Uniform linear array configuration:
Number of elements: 48
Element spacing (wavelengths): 1
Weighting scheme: hann
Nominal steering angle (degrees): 15
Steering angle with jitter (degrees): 13.891
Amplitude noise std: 0.05
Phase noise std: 0.05

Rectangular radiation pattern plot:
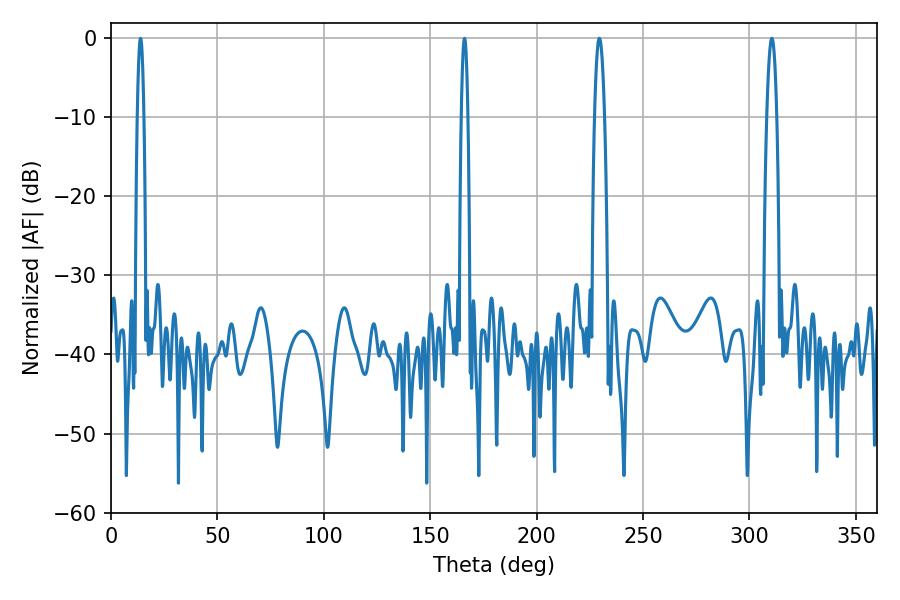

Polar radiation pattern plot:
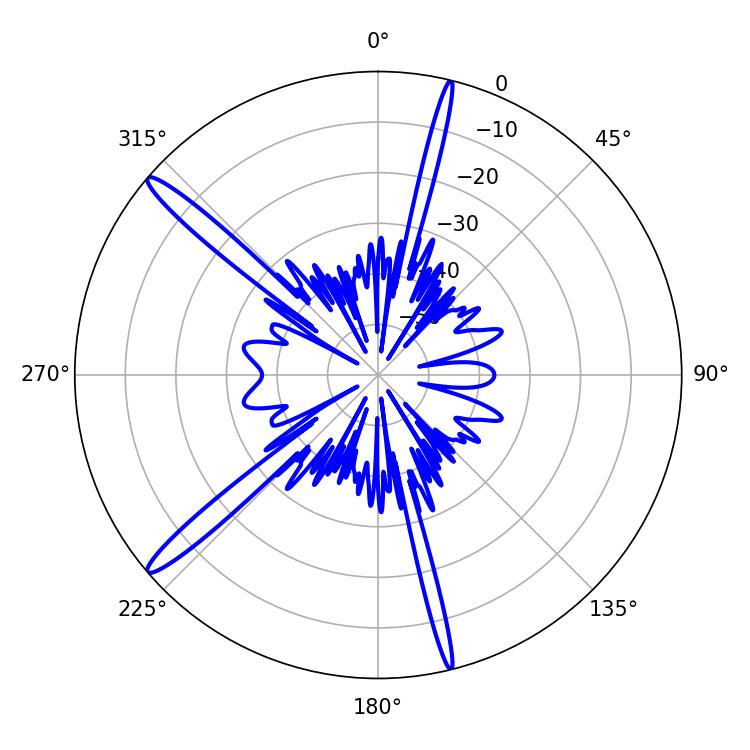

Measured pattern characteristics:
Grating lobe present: TRUE
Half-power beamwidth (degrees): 2.52
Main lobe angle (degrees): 310.5